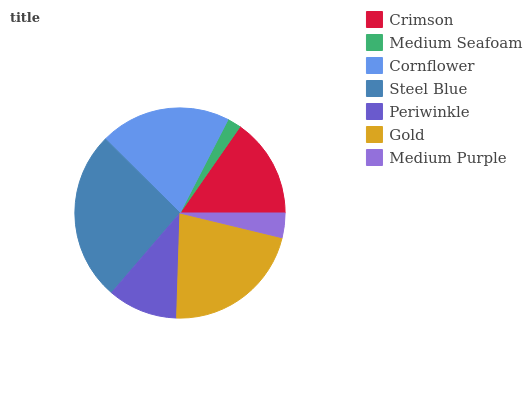
| Crimson | Medium Seafoam | Cornflower | Steel Blue | Periwinkle | Gold | Medium Purple |
 | --- | --- | --- | --- | --- | --- | --- |
 | 15.3% | 2.12% | 20.1% | 26.1% | 10.8% | 21.8% | 3.79% |